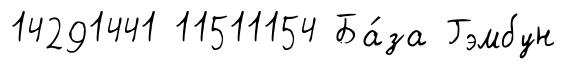
14291441 11511154 Ба́за Гэмбун